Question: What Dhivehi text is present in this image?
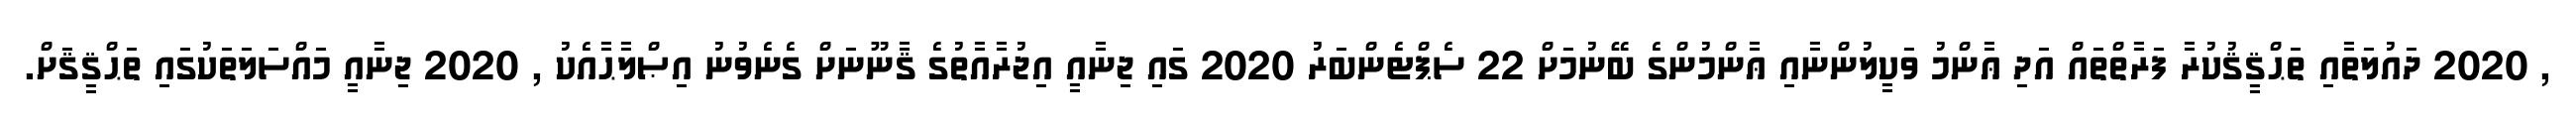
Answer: , 2020 ދައުލަތާއި ތަޙްޤީޤުކުރާ ފަރާތްތައް އަދި ޢާންމު ވަކީލުންނާއި ޢާންމުންގެ ބޭނުމަށް 22 ސެޕްޓެންބަރު 2020 ގައި ޖިނާއީ އިޖުރާއާތުގެ ޤާނޫނަށް ގެނެވުނު އިޞްލާޙާއެކު , 2020 ޖިނާއީ މައްސަލަތަކުގައި ތަޙްޤީޤަށް.